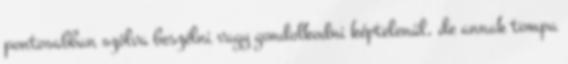
pontosabban szólva beszélni vagy gondolkodni képtelenül, de annak tompa